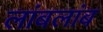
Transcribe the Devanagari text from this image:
लांबलांब